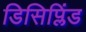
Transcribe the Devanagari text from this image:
डिसिप्लिंड